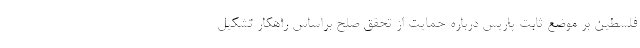
فلسطین بر موضع ثابت پاریس درباره حمایت از تحقق صلح براساس راهکار تشکیل